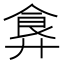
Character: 𩚇